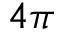
4 \pi